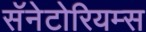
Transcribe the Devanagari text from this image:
सॅनेटोरियम्स